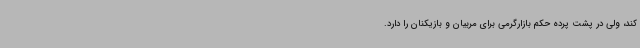
کند، ولی در پشت پرده حکم بازارگرمی برای مربیان و بازیکنان را دارد.